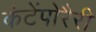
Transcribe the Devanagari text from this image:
कंटेंपोरैरी